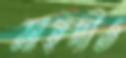
মাহদীও